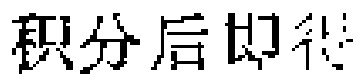
积分后即得